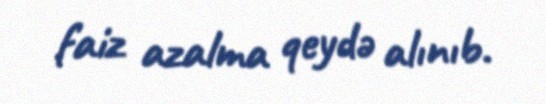
faiz azalma qeydə alınıb.